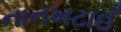
નાનખટાઈ